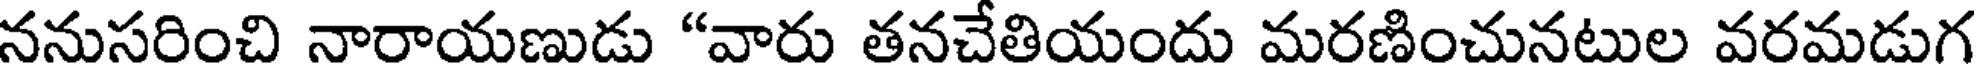
ననుసరించి నారాయణుడు "వారు తనచేతియందు మరణించునటుల వరమడుగ